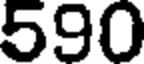
590